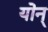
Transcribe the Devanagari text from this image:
योन्